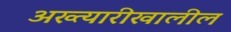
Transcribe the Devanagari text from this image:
अख्त्यारीखालील